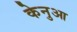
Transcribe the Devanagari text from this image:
केनुआ